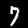
Digit: 7